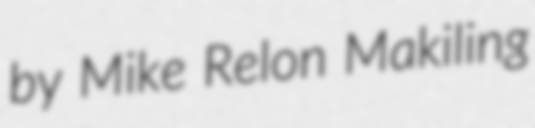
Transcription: by Mike Relon Makiling